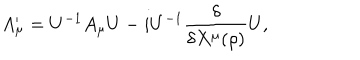
LaTeX: A _ { \mu } ^ { \prime } = U ^ { - 1 } A _ { \mu } U - i U ^ { - 1 } \frac { \delta } { \delta X ^ { \mu } ( \rho ) } U ,